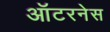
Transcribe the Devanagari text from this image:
ऑटरनेस